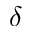
\delta